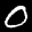
Label: 0